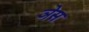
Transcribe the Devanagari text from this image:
ञेस